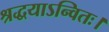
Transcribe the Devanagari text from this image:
श्रद्धयाऽन्वितः।